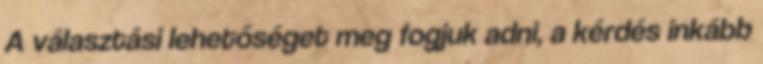
A választási lehetőséget meg fogjuk adni, a kérdés inkább